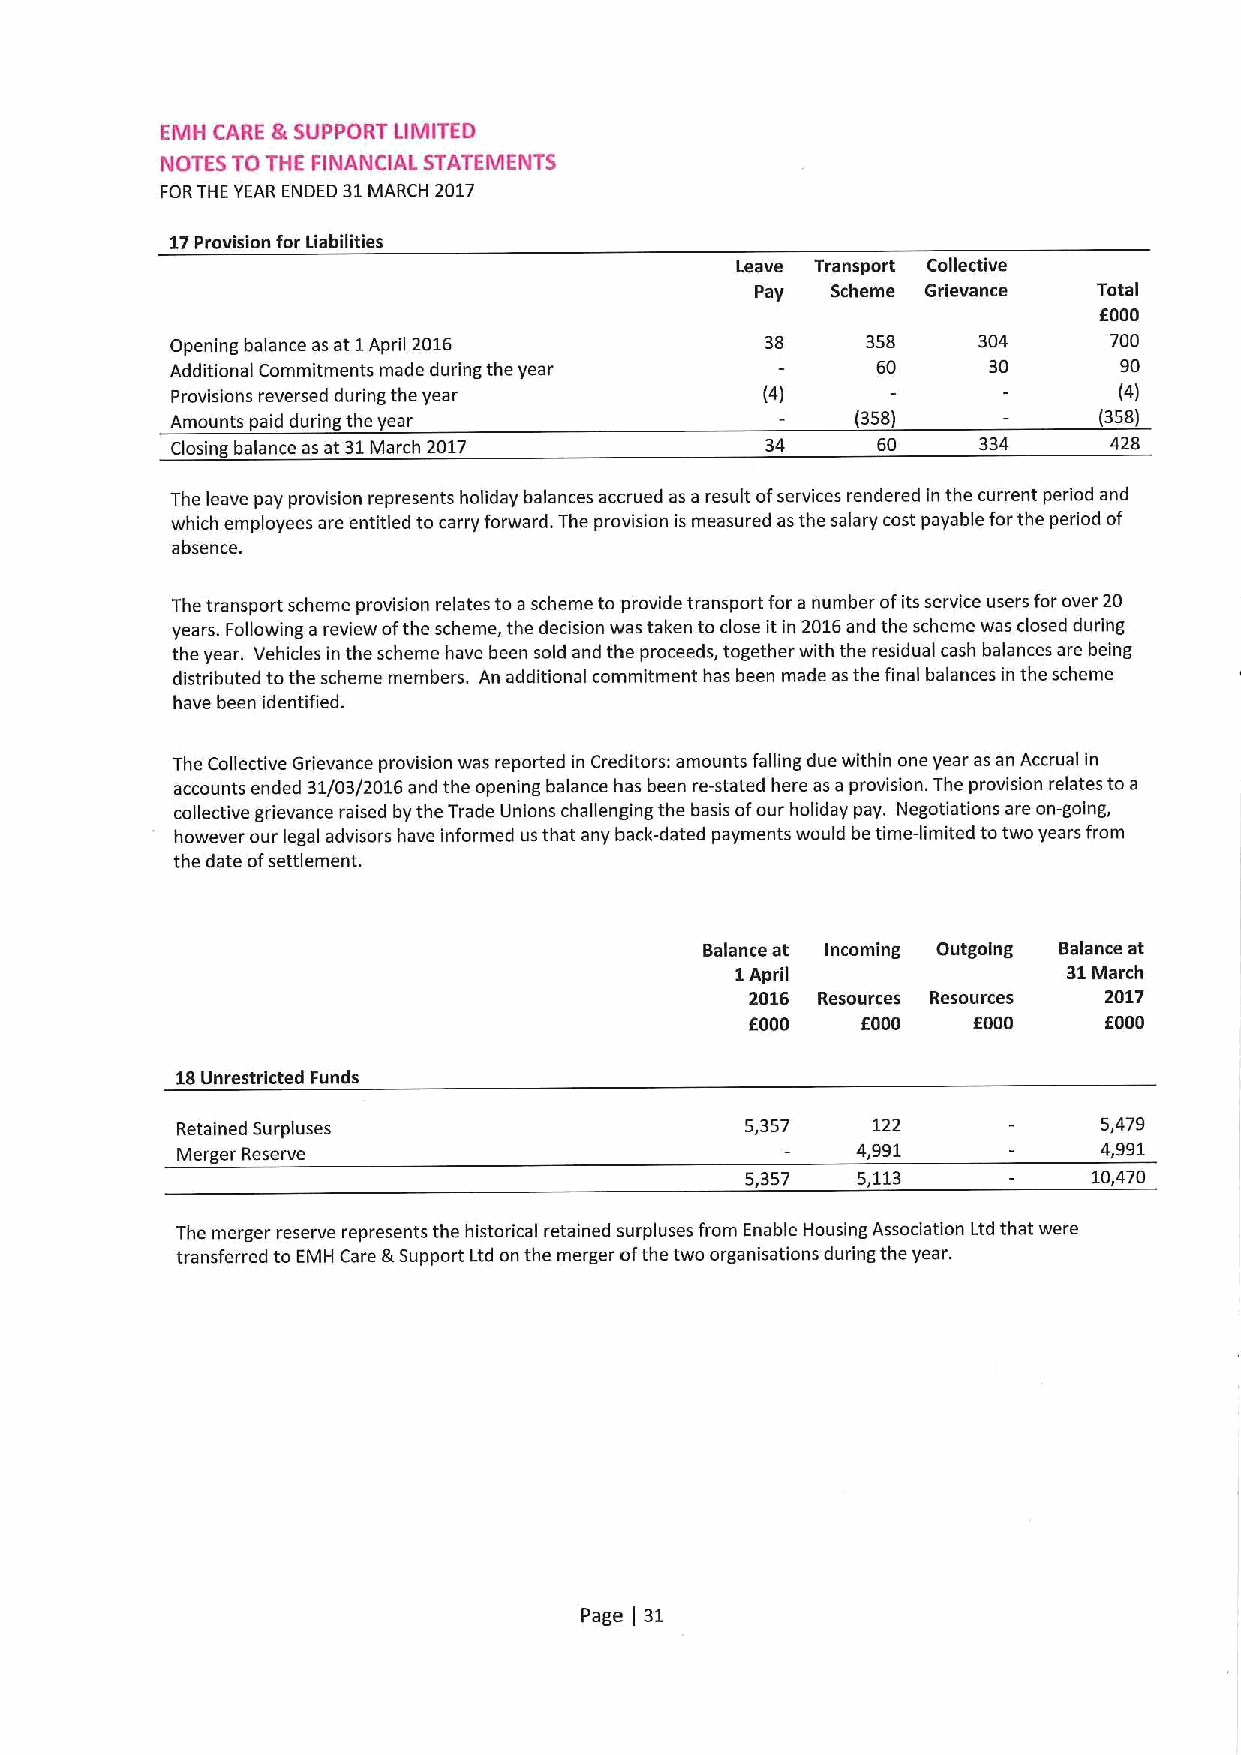
EMH CARE Rt SUPPORT LIMITED
 NOTES TOTHE FINANCIAL STATEMENTS
 FORTHE YEAR ENDED 31MARCH 2017
 17Provision for Liabilities
 Leave Transport Collective
 Pay  Scheme Grievance  Total
 6000
 Opening balance as at 1April 2016       38    358     304     700
 Additional Commitments made during the year    60     30       90
 Provisions reversed during the year    (4)                     (4)
 Amounts paid during the year                  (358)           (358)
 Closing balance as at 31March 2017      34     60     334     428
 The leave pay provision represents holiday balances accrued as a result ofservices rendered in the current period and
 which employees are entitled to carry forward. The provision is measured as the salary cost payable forthe period of
 absence.
 The transport scheme provision relates to ascheme to provide transport for a number afits service users for over 20
 years. Following a review ofthe scheme, the decision was taken to close it in 2016and the scheme was closed during
 the year. Vehicles in the scheme have been sold and the proceeds, together with the residual cash balances are being
 distributed tothe scheme members. An additional commitment has been made asthe final balances in the scheme
 have been identified.
 The Collective Grievance provision was reported in Creditors: amounts falling due within one year as an Accrual in
 accounts ended 31/03/2016 and the opening balance has been re-stated here as a provision. The provision relates to a
 collective grievance raised by the Trade Unions challenging the basis ofour holiday pay. Negotiations are on-going,
 however our legal advisors have informed us that any back-dated payments wauld be time-limited totwo years from
 the date ofsettlement.
 Balance at Incoming Outgoing Balance at
 1April                31March
 2016 Resources Resources 2017
 f000   f000   f000     EOOO
 18Unrestricted Funds
 Retained Surpluses                   5,357    122            5,479
 Merger Reserve                               4,991           4,991
 5,357   5,113          10,470
 The merger reserve represents the historical retained surpluses from Enable Housing Association Ltd that were
 transferred to EMH Care &Support Ltd on the merger ofthe twa organisations during the year.
 Page 31
 (